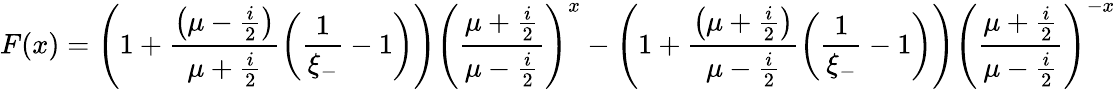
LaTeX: F(x)=\left(1+\frac{\left(\mu-\frac{i}{2}\right)}{\mu+\frac{i}{2}}\left(\frac{1}{\xi_{-}}-1\right)\right)\left(\frac{\mu+\frac{i}{2}}{\mu-\frac{i}{2}}\right)^{x}-\left(1+\frac{\left(\mu+\frac{i}{2}\right)}{\mu-\frac{i}{2}}\left(\frac{1}{\xi_{-}}-1\right)\right)\left(\frac{\mu+\frac{i}{2}}{\mu-\frac{i}{2}}\right)^{-x}